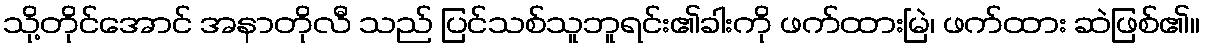
သို့တိုင်အောင် အနာတိုလီ သည် ပြင်သစ်သူဘူရင်း၏ခါးကို ဖက်ထားမြဲ၊ ဖက်ထား ဆဲဖြစ်၏။